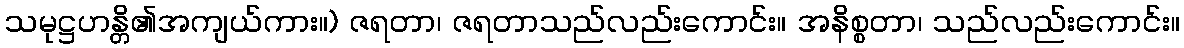
သမုဋ္ဌဟန္တိ၏အကျယ်ကား။) ဇရတာ၊ ဇရတာသည်လည်းကောင်း။ အနိစ္စတာ၊ သည်လည်းကောင်း။